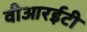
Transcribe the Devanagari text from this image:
वीआरईटी